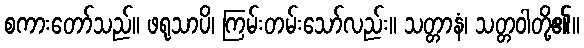
စကားတော်သည်။ ဖရုသာပိ၊ ကြမ်းတမ်းသော်လည်း။ သတ္တာနံ၊ သတ္တဝါတို့၏။